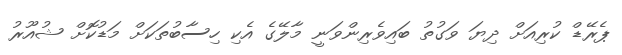
ޕެރޭޑް ކުރިއަށް ދިޔަ ވަގުތު ބައިވެރިންވަނީ މާލޭގެ އެކި ހިސާބުތަކަށް މަޑުކޮށް ޝުއޫރު